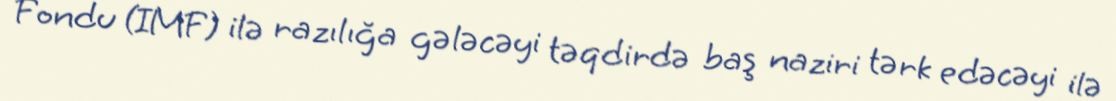
Fondu (IMF) ilə razılığa gələcəyi təqdirdə baş naziri tərk edəcəyi ilə